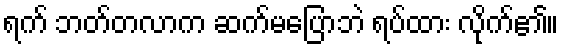
ရက် ဘတ်တလာက ဆက်မပြောဘဲ ရပ်ထား လိုက်၏။